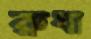
রুধা